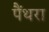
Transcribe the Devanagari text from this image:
पैंथरा